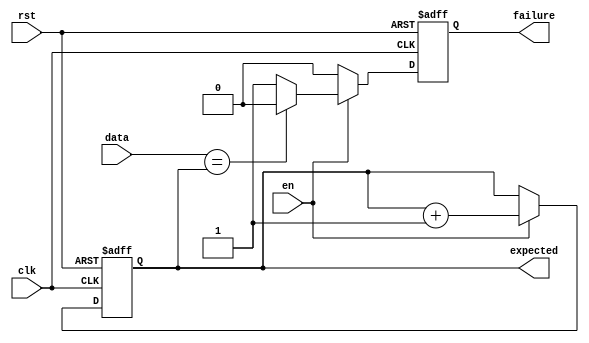
module tb_receiver
(
    input            clk,
    input            rst,
    input            en,
    input      [3:0] data,
    output reg [3:0] expected,
    output reg       failure
);

    always @ (posedge clk or posedge rst)
        if (rst)
        begin
            expected <= 1;
            failure  <= 0;
        end
        else if (en)
        begin
            if (data == expected)
            begin
                $display ("Receive %d", data);
                failure <= 0;
            end
            else
            begin
                $display ("Failure: receive %d, expected %d",
                    data, expected);

                failure <= 1;
            end

            expected <= expected + 1;
        end
        else
        begin
            failure <= 0;
        end

endmodule